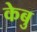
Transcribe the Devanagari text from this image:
केबु